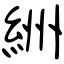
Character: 絒